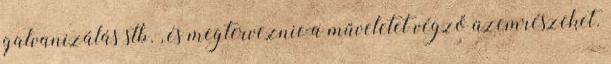
galvanizálás stb. , és megterveznie a műveletet végző üzemrészeket.